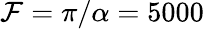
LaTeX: \mathcal{F}=\pi/\alpha=5000